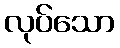
လုပ်သော